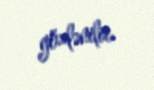
gözlənilir.